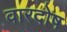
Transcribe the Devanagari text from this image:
वारदोष